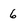
Character: 6